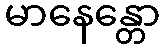
မာနေန္တော